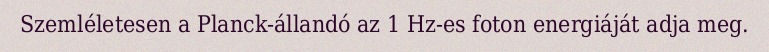
Szemléletesen a Planck-állandó az 1 Hz-es foton energiáját adja meg.